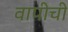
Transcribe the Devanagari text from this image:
वापीची